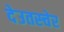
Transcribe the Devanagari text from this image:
देउतस्चेर